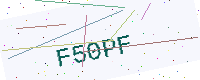
Text: F50PF